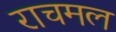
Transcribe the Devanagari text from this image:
राचमल